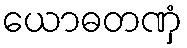
ယောဓတဏှံ